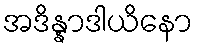
အဒိန္နာဒါယိနော